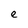
Character: e